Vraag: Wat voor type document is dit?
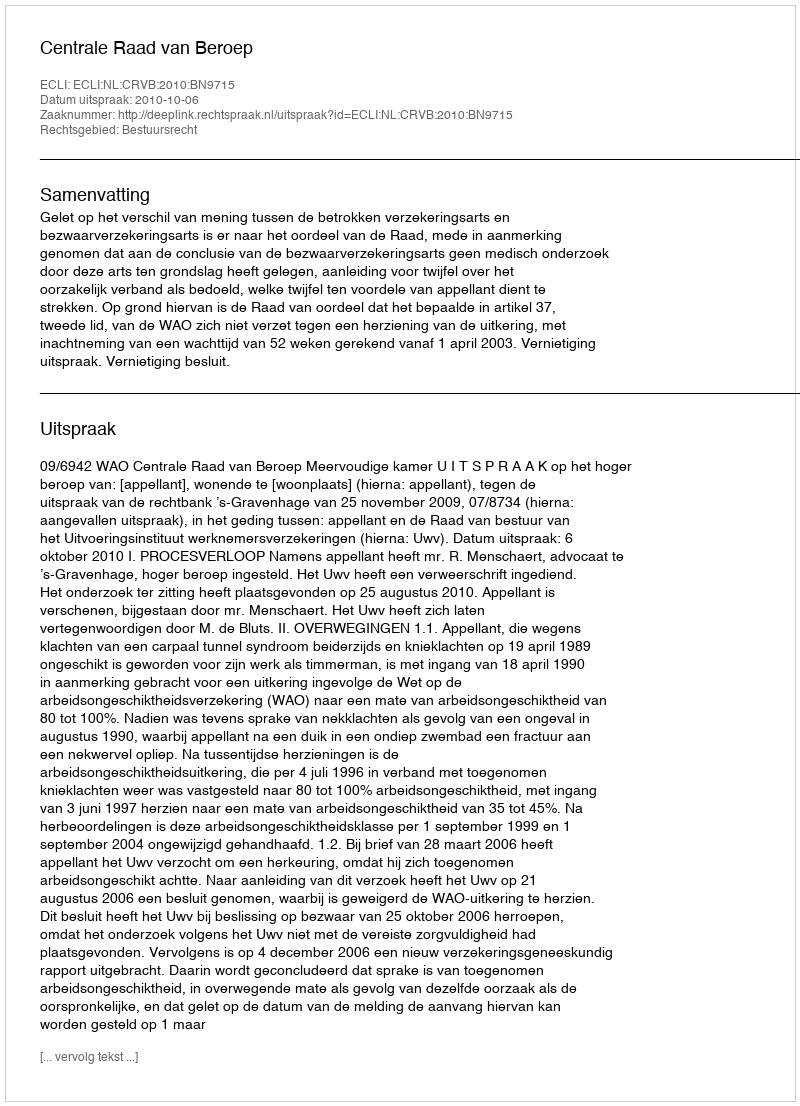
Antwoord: Uitspraak